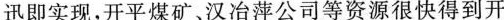
迅即实现，开平煤矿、汉冶萍公司等资源很快得到开